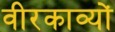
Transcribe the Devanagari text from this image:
वीरकाव्यों